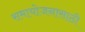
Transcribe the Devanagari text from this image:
समायोजनासाठी